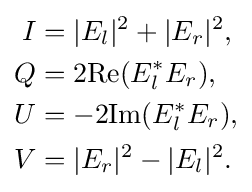
{\begin{aligned}I&=|E_{l}|^{2}+|E_{r}|^{2},\\Q&=2\mathrm {Re} (E_{l}^{*}E_{r}),\\U&=-2\mathrm {Im} (E_{l}^{*}E_{r}),\\V&=|E_{r}|^{2}-|E_{l}|^{2}.\\\end{aligned}}